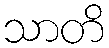
သာတိ